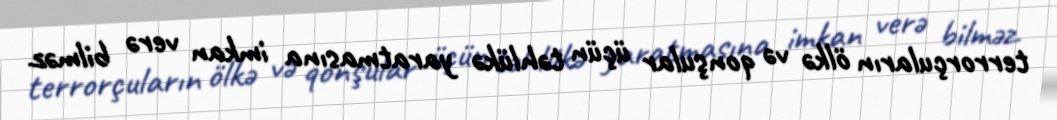
terrorçuların ölkə və qonşular üçün təhlükə yaratmasına imkan verə bilməz.